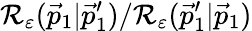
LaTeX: \mathcal{R}_{\varepsilon}(\vec{{p}}_{1}|\vec{{p}}_{1}^{\prime})/\mathcal{R}_{\varepsilon}(\vec{{p}}_{1}^{\prime}|\vec{{p}}_{1})